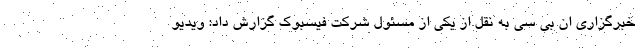
خبرگزاری ان بی سی به نقل از یکی از مسئول شرکت فیسبوک گزارش داد: ویدیو